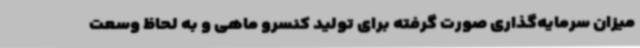
میزان سرمایه‌گذاری صورت گرفته برای تولید کنسرو ماهی و به لحاظ وسعت